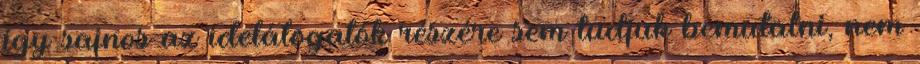
így sajnos az idelátogatók részére sem tudjuk bemutatni, nem